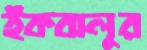
ইকবালুর